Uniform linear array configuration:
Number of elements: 64
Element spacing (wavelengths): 0.75
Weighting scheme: binomial
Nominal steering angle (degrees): -60
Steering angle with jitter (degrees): -58.786
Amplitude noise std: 0.05
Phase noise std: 0.05

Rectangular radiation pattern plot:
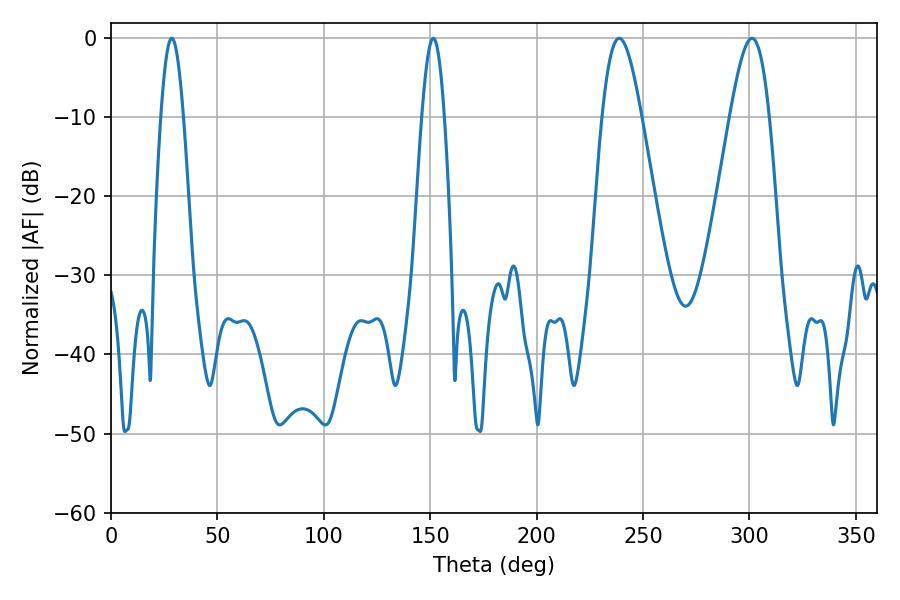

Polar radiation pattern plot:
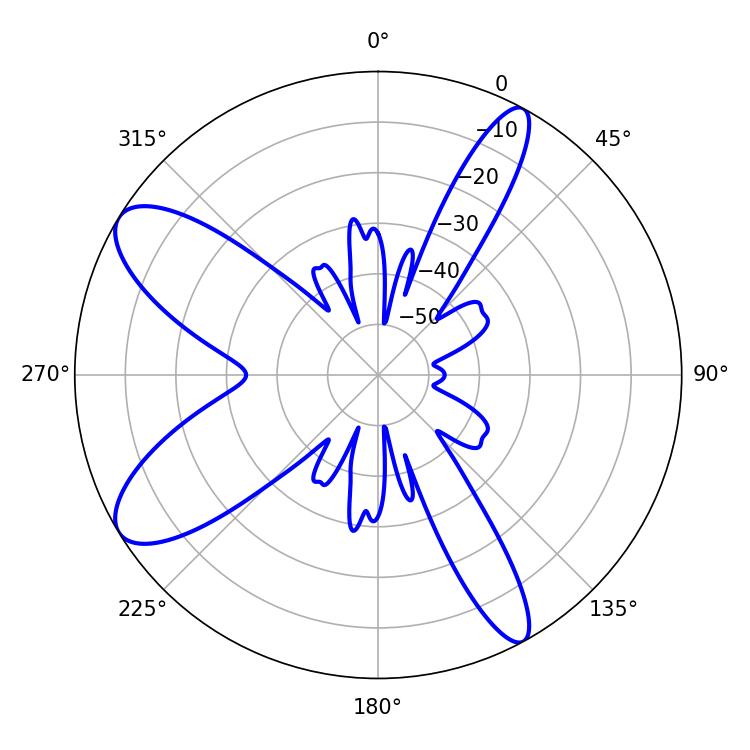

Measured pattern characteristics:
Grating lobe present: TRUE
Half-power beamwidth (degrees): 9.9
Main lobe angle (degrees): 238.86